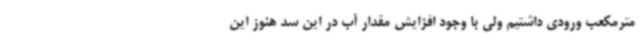
مترمکعب ورودی داشتیم ولی با وجود افزایش مقدار آب در این سد هنوز این